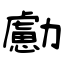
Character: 勴